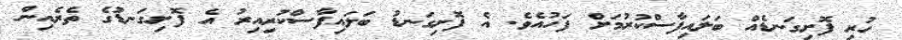
ހުރި ފޮށިގަނޑެއް ބަލައިފާސްކުރުމަށް ފަހުއެވެ. އެ ފޮށިގަނޑު ބަލައިފާސްކުރިއިރު އެ ފޮށިގަނޑުގެ ތެރެއިން